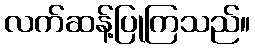
လက်ဆန့်ပြုကြသည်။